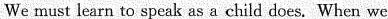
We must learn to speak as a child does. When we